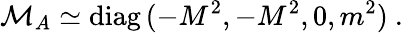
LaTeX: {\cal M}_{A}\simeq\mathrm{diag}\, (-M^{2},-M^{2},0,m^{2})\ .